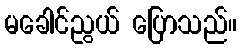
မခေါင်ညွယ် ပြောသည်။